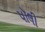
પૉલી